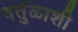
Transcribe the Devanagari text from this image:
वर्तुळाशी